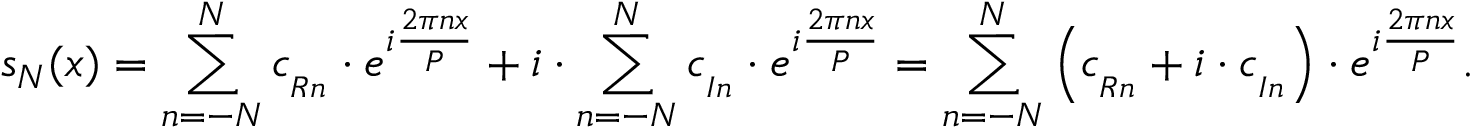
s _ { N } ( x ) = \sum _ { n = - N } ^ { N } c _ { _ { R n } } \cdot e ^ { i { \frac { 2 \pi n x } { P } } } + i \cdot \sum _ { n = - N } ^ { N } c _ { _ { I n } } \cdot e ^ { i { \frac { 2 \pi n x } { P } } } = \sum _ { n = - N } ^ { N } \left( c _ { _ { R n } } + i \cdot c _ { _ { I n } } \right) \cdot e ^ { i { \frac { 2 \pi n x } { P } } } .